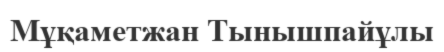
Мұқаметжан Тынышпайұлы